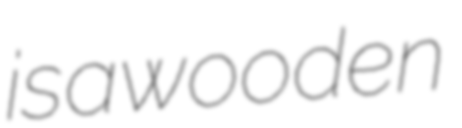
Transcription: is a wooden